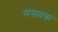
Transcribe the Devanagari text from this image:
संसप्तक